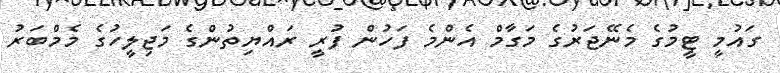
ގައުމީ ޓީމުގެ މެނޭޖަރުގެ މަގާމް އެންމެ ފަހުން ފުރީ ރައްޔިތުންގެ މަޖިލީހުގެ މެމްބަރު